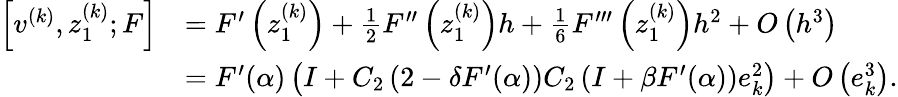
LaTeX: \begin{array}{rl}{\left[v^{(k)},z_{1}^{(k)};F\right]}&{=F^{\prime}\left(z_{1}^{(k)}\right)+\frac{1}{2}F^{\prime\prime}\left(z_{1}^{(k)}\right)h+\frac{1}{6}F^{\prime\prime\prime}\left(z_{1}^{(k)}\right)h^{2}+O\left(h^{3}\right)}\\ &{=F^{\prime}(\alpha)\left(I+C_{2}\left(2-\delta F^{\prime}(\alpha)\right)C_{2}\left(I+\beta F^{\prime}(\alpha)\right)e_{k}^{2}\right)+O\left(e_{k}^{3}\right).}\end{array}